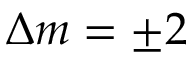
\Delta m = \pm 2